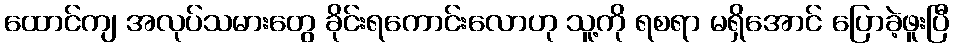
ထောင်ကျ အလုပ်သမားတွေ ခိုင်းရကောင်းလောဟု သူ့ကို ရစရာ မရှိအောင် ပြောခဲ့ဖူးပြီ